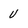
Character: U